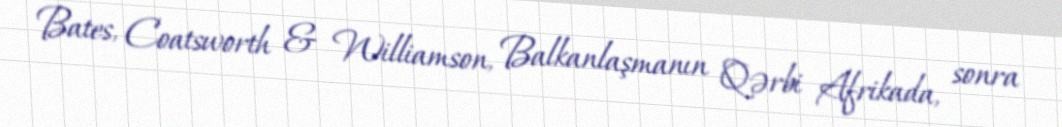
Bates, Coatsworth & Williamson, Balkanlaşmanın Qərbi Afrikada, sonra